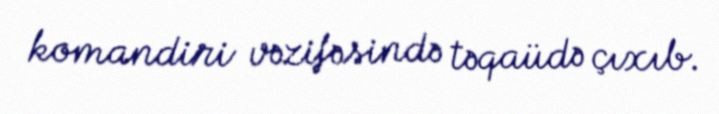
komandiri vəzifəsində təqaüdə çıxıb.